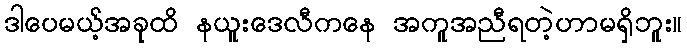
ဒါပေမယ့်အခုထိ နယူးဒေလီကနေ အကူအညီရတဲ့ဟာမရှိဘူး။